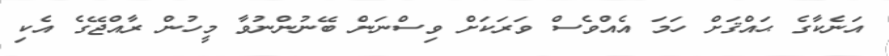
އަނެކާގެ ޙައްޤަށް ހަމަ އެއްވެސް ވަރަކަށް ވިސްނަން ބޭނުންނުވާ މީހުން ރާއްޖޭގެ އެކި